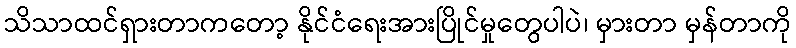
သိသာထင်ရှားတာကတော့ နိုင်ငံရေးအားပြိုင်မှုတွေပါပဲ၊ မှားတာ မှန်တာကို